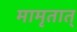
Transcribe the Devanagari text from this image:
मामृतात्